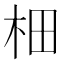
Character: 𣐬